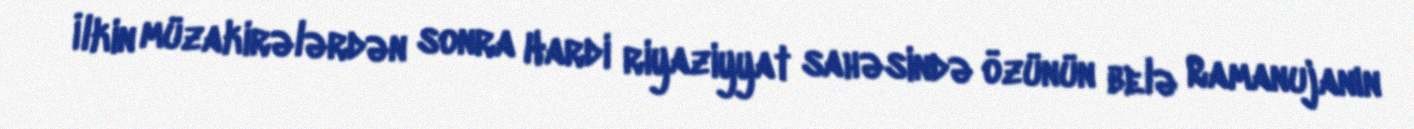
İlkin müzakirələrdən sonra Hardi riyaziyyat sahəsində özünün belə Ramanujanın